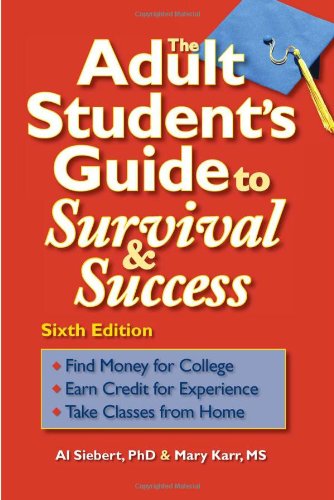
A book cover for The Adult Student's Guide to Survival & Success; Al Siebert PhD; Education & Teaching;